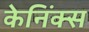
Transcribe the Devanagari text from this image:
केनिंक्स